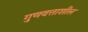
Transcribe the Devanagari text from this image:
गुणवत्ताशील